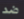
ضد